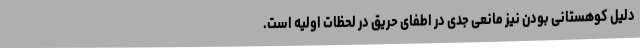
دلیل کوهستانی بودن نیز مانعی جدی در اطفای حریق در لحظات اولیه است.